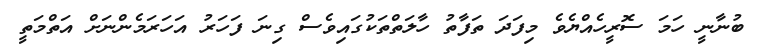
ބުނާނީ ހަމަ ސޮރީހެއްޔެވެ މިފަދަ ތަފާތު ހާލަތްތަކުގައިވެސް ގިނަ ފަހަރު އަހަރަމެންނަށް އަތްމަތީ